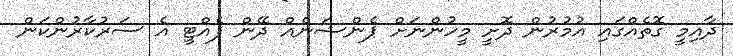
ދާއިމީ ގޮތެއްގައި އުމުރުން ދޮށީ މީހުންނަށް ޕެންޝަނެއް ދޭން ފެއްޓީ އެ ސަރުކާރުންކަން